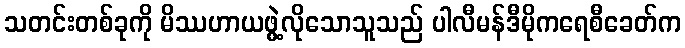
သတင်းတစ်ခုကို မိဿဟာယဖွဲ့လိုသောသူသည် ပါလီမန်ဒီမိုကရေစီခေတ်က